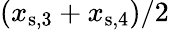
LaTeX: (x_{\mathrm{s},3}+x_{\mathrm{s},4})/2